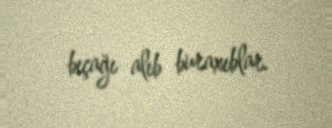
bıçağı alıb buraxıblar.